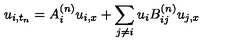
u _ { i , t _ { n } } = A _ { i } ^ { ( n ) } u _ { i , x } + \sum _ { j \neq i } u _ { i } B _ { i j } ^ { ( n ) } u _ { j , x }